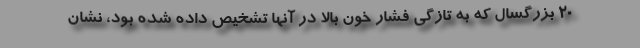
20 بزرگسال که به تازگی فشار خون بالا در آنها تشخیص داده شده بود، نشان